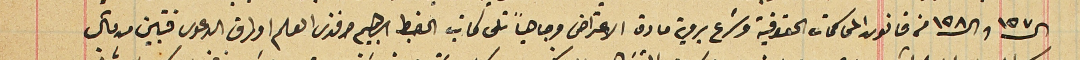
ال١٥٧ وال١٥٨ من قانون المحاكمات الحقوقية وشرع بروية مادة الاعتراض وجاهياً تلى كاتب الضبط ابرهيم افندى العلم اورق الدعوى فتبين من قبل